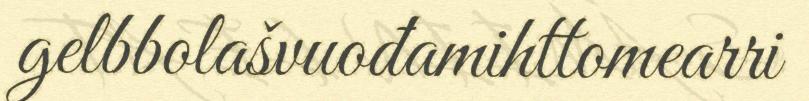
gelbbolašvuođamihttomearri